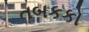
તબકકો